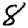
Digit: 8